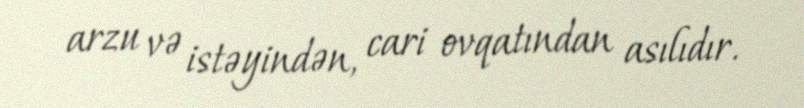
arzu və istəyindən, cari ovqatından asılıdır.